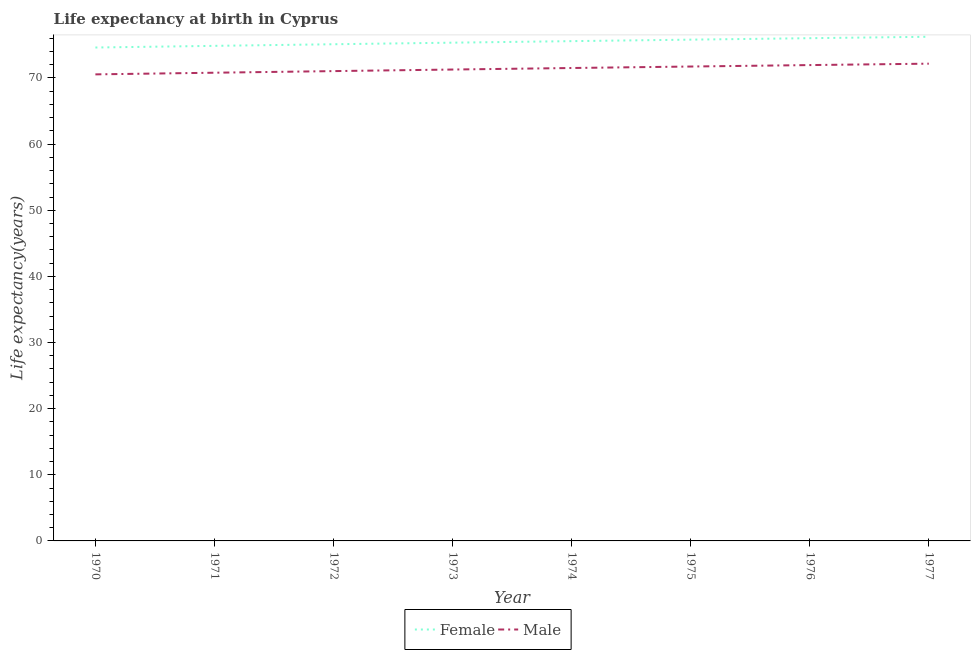
| Year | Female | Male |
 | --- | --- | --- |
 | 1970 | 74.6 | 70.5 |
 | 1971 | 74.9 | 70.8 |
 | 1972 | 75.1 | 71 |
 | 1973 | 75.3 | 71.3 |
 | 1974 | 75.6 | 71.5 |
 | 1975 | 75.8 | 71.7 |
 | 1976 | 76 | 71.9 |
 | 1977 | 76.2 | 72.2 |